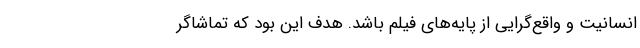
انسانیت و واقع‌گرایی از پایه‌های فیلم باشد. هدف این بود که تماشاگر